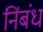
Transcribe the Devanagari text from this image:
निंबंध